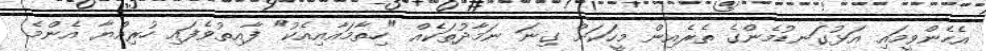
އެހެންވީމައި އަޅުގަނޑުމެންގެ ތެރެއިން މީހަކަށް ގިނަ ނަމާދުތަކެއް "ހިތާމައާއިއެކު" ފާއިތުވެފައި ހުރިއްޔާ އެންމެ